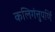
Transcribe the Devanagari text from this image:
कलिगंत्तुपर्णि